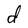
Character: d